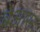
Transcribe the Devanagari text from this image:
बेआस